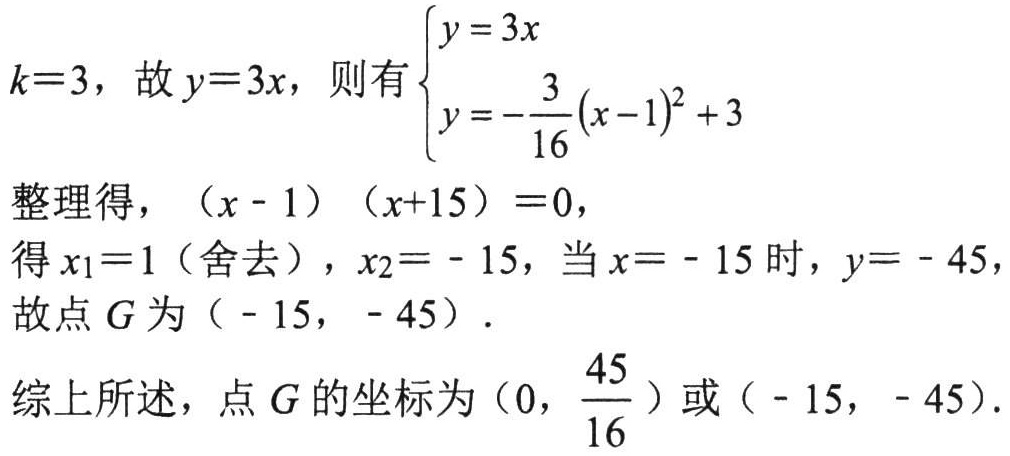
\(k = 3\)，故\(y = 3x\)，则有\(\begin{cases}y = 3x\\y = -\dfrac{3}{16}(x - 1)^2 + 3\end{cases}\)
整理得，\((x - 1)(x + 15)=0\)，
得\(x_1 = 1\)（舍去），\(x_2 = - 15\)，当\(x = - 15\)时，\(y = - 45\)，
故点\(G\)为\(( - 15, - 45)\)．

综上所述，点\(G\)的坐标为\((0,\dfrac{45}{16})\)或\(( - 15, - 45)\)．